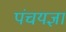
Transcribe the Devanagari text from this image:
पंचयज्ञा